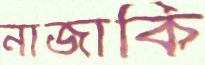
নাজাকি